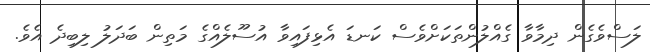
ލަސްވެގެން ދިމާވާ ގެއްލުންތަކަށްވެސް ކަނޑަ އެޅިފައިވާ އުސޫލެއްގެ މަތިން ބަދަލު ލިބިދެ އެވެ.